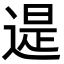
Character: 遈